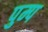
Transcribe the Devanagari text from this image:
पुम्प